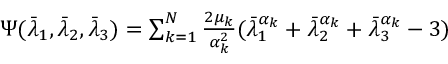
\begin{array} { r } { \Psi ( \bar { \lambda } _ { 1 } , \bar { \lambda } _ { 2 } , \bar { \lambda } _ { 3 } ) = \sum _ { k = 1 } ^ { N } \frac { 2 \mu _ { k } } { \alpha _ { k } ^ { 2 } } ( \bar { \lambda } _ { 1 } ^ { \alpha _ { k } } + \bar { \lambda } _ { 2 } ^ { \alpha _ { k } } + \bar { \lambda } _ { 3 } ^ { \alpha _ { k } } - 3 ) } \end{array}